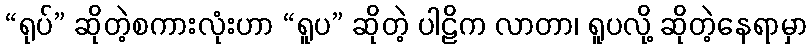
“ရုပ်” ဆိုတဲ့စကားလုံးဟာ “ရူပ” ဆိုတဲ့ ပါဠိက လာတာ၊ ရူပလို့ ဆိုတဲ့နေရာမှာ